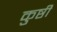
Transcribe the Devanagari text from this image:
कुष्ठी